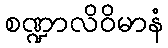
စဏ္ဍာလိဝိမာနံ